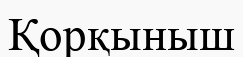
Қорқыныш